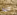
جيد